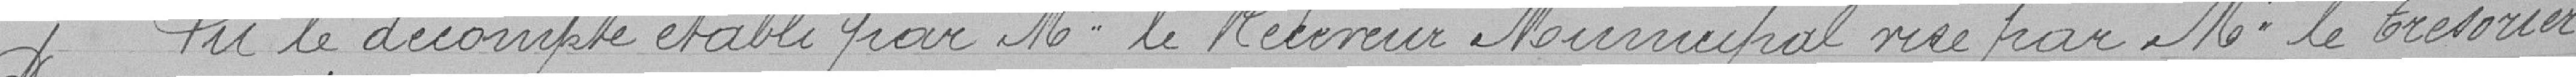
Vu le décompte établi par M. le Receveur Municipal visé par M le Trésorier